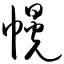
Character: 幌